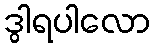
ဒွါရပါလော